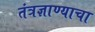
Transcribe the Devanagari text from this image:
तंत्रज्ञाण्याचा